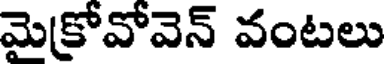
మెక్రోవోవెన్ వంటలు